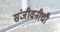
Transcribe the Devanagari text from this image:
संजीवनीची